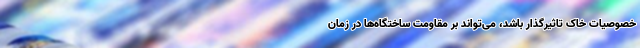
خصوصیات خاک تاثیرگذار باشد، می‌تواند بر مقاومت ساختگاه‌ها در زمان